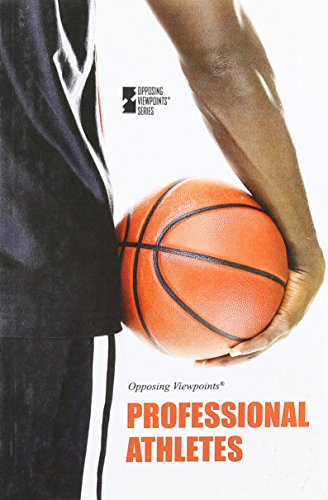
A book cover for Professional Athletes (Opposing Viewpoints); Margaret Haerens; Teen & Young Adult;